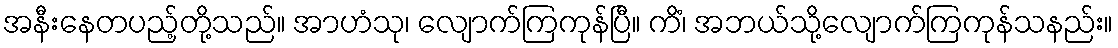
အနီးနေတပည့်တို့သည်။ အာဟံသု၊ လျောက်ကြကုန်ပြီ။ ကိံ၊ အဘယ်သို့လျောက်ကြကုန်သနည်း။